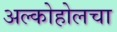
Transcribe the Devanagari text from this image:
अल्कोहोलचा